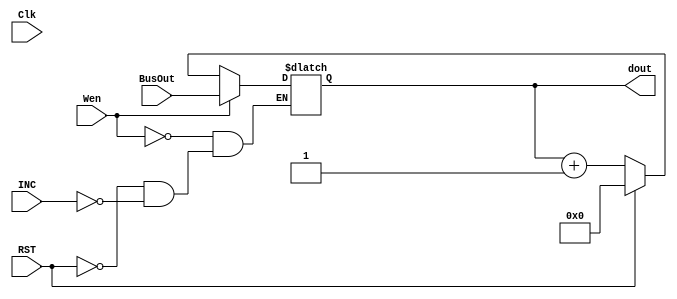
module regis(Wen, BusOut, Clk, RST, INC, dout);
  input Wen, Clk, RST, INC;
  input[4:0] BusOut;
  output reg [4:0] dout = 5'd0;
  always @(BusOut)
    begin
        if      (Wen) dout <= BusOut;
        else if (RST) dout <= 5'd0;
        else if (INC) dout <= dout+1;
        else            dout <= dout;
      
    end
endmodule